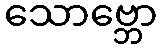
သောဗ္ဘော